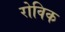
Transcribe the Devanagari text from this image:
रोविक